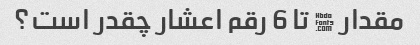
مقدار π تا 6 رقم اعشار چقدر است؟